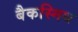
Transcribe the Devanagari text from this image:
बैकस्मिथ